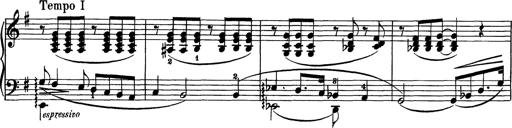
Title: AnnÃ©es de pÃ¨lerinage I
Composer: Franz Liszt